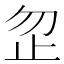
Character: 𪴵